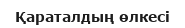
Қараталдың өлкесі